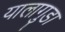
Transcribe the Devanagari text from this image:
यालागुडा